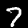
Digit: 7